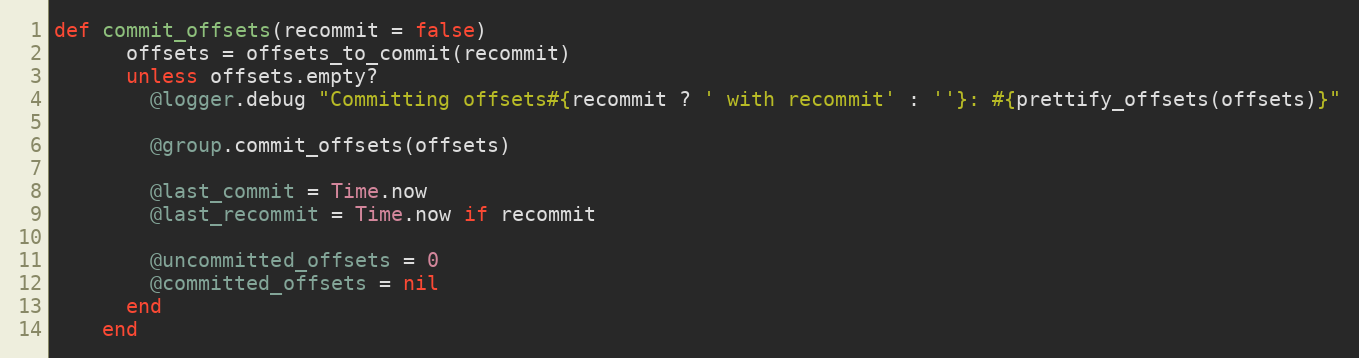
Language: Ruby
def commit_offsets(recommit = false)
      offsets = offsets_to_commit(recommit)
      unless offsets.empty?
        @logger.debug "Committing offsets#{recommit ? ' with recommit' : ''}: #{prettify_offsets(offsets)}"

        @group.commit_offsets(offsets)

        @last_commit = Time.now
        @last_recommit = Time.now if recommit

        @uncommitted_offsets = 0
        @committed_offsets = nil
      end
    end